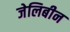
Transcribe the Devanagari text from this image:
जेलिबीन